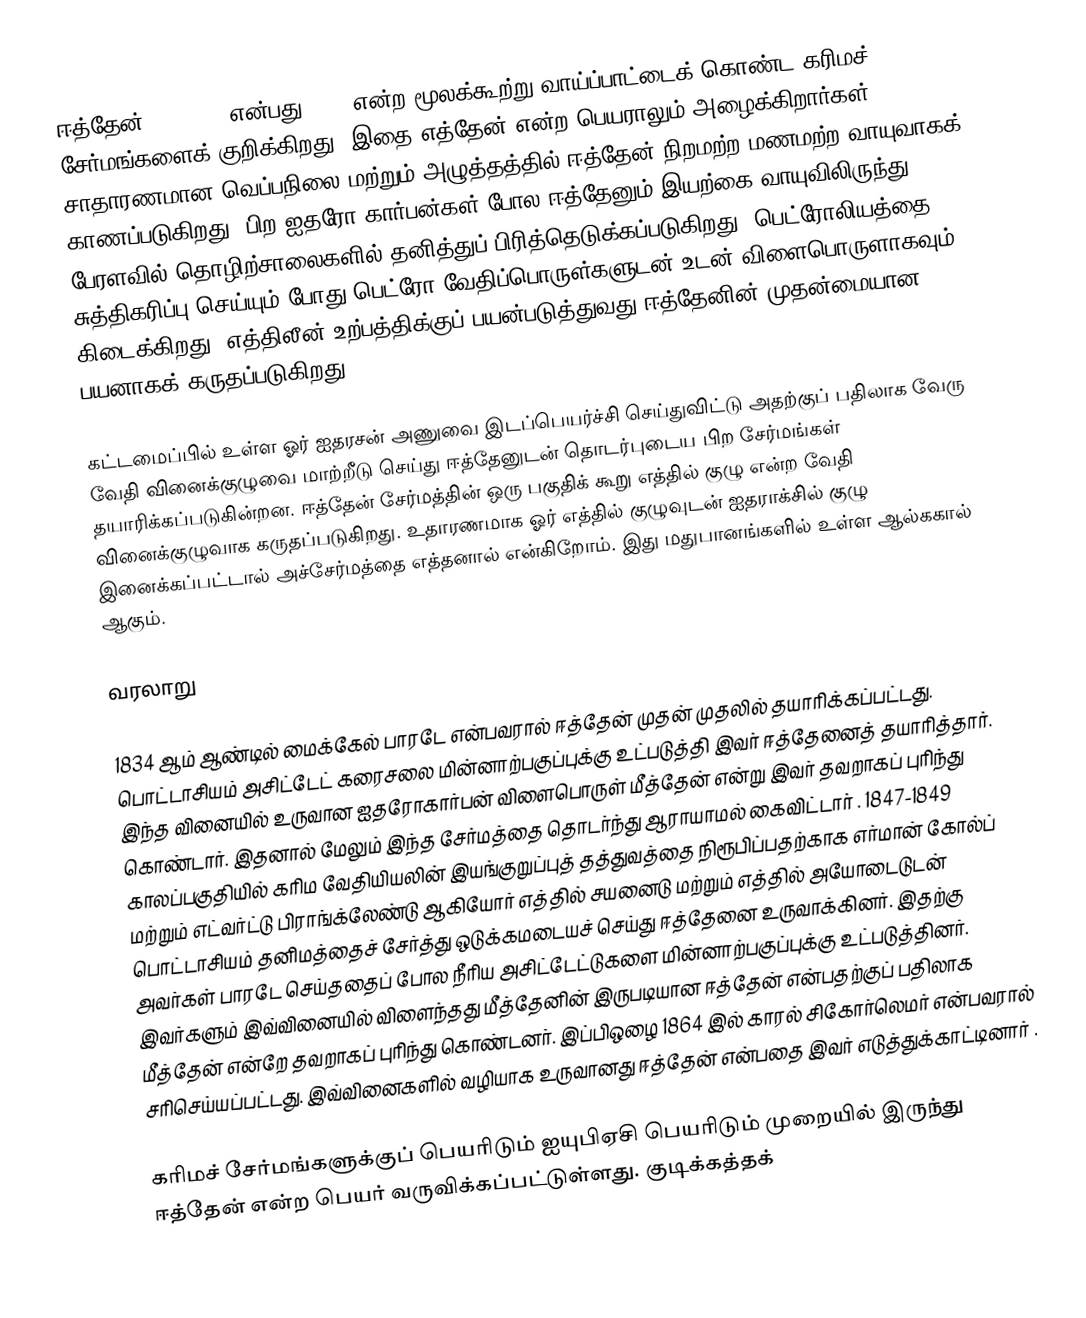
ஈத்தேன் (Ethane) என்பது C2H6 என்ற மூலக்கூற்று வாய்ப்பாட்டைக் கொண்ட கரிமச் சேர்மங்களைக் குறிக்கிறது. இதை எத்தேன் என்ற பெயராலும் அழைக்கிறார்கள். சாதாரணமான வெப்பநிலை மற்றும் அழுத்தத்தில் ஈத்தேன் நிறமற்ற மணமற்ற வாயுவாகக் காணப்படுகிறது. பிற ஐதரோ கார்பன்கள் போல ஈத்தேனும் இயற்கை வாயுவிலிருந்து பேரளவில் தொழிற்சாலைகளில் தனித்துப் பிரித்தெடுக்கப்படுகிறது. பெட்ரோலியத்தை சுத்திகரிப்பு செய்யும் போது பெட்ரோ வேதிப்பொருள்களுடன் உடன் விளைபொருளாகவும் கிடைக்கிறது. எத்திலீன் உற்பத்திக்குப் பயன்படுத்துவது ஈத்தேனின் முதன்மையான பயனாகக் கருதப்படுகிறது.

கட்டமைப்பில் உள்ள ஓர் ஐதரசன் அணுவை இடப்பெயர்ச்சி செய்துவிட்டு அதற்குப் பதிலாக வேரு வேதி வினைக்குழுவை மாற்றீடு செய்து ஈத்தேனுடன் தொடர்புடைய பிற சேர்மங்கள் தயாரிக்கப்படுகின்றன. ஈத்தேன் சேர்மத்தின் ஒரு பகுதிக் கூறு எத்தில் குழு என்ற வேதி வினைக்குழுவாக கருதப்படுகிறது. உதாரணமாக ஓர் எத்தில் குழுவுடன் ஐதராக்சில் குழு இனைக்கப்பட்டால் அச்சேர்மத்தை எத்தனால் என்கிறோம். இது மதுபானங்களில் உள்ள ஆல்ககால் ஆகும்.

வரலாறு

1834 ஆம் ஆண்டில் மைக்கேல் பாரடே என்பவரால் ஈத்தேன் முதன் முதலில் தயாரிக்கப்பட்டது. பொட்டாசியம் அசிட்டேட் கரைசலை  மின்னாற்பகுப்புக்கு உட்படுத்தி இவர் ஈத்தேனைத் தயாரித்தார். இந்த வினையில் உருவான ஐதரோகார்பன் விளைபொருள் மீத்தேன் என்று இவர் தவறாகப் புரிந்து கொண்டார். இதனால் மேலும் இந்த சேர்மத்தை தொடர்ந்து ஆராயாமல் கைவிட்டார் . 1847-1849 காலப்பகுதியில் கரிம வேதியியலின் இயங்குறுப்புத் தத்துவத்தை நிரூபிப்பதற்காக எர்மான் கோல்ப் மற்றும் எட்வர்ட்டு பிராங்க்லேண்டு ஆகியோர் எத்தில் சயனைடு  மற்றும் எத்தில் அயோடைடுடன்  பொட்டாசியம் தனிமத்தைச் சேர்த்து ஒடுக்கமடையச் செய்து ஈத்தேனை உருவாக்கினர். இதற்கு அவர்கள் பாரடே செய்ததைப் போல நீரிய அசிட்டேட்டுகளை மின்னாற்பகுப்புக்கு உட்படுத்தினர். இவர்களும் இவ்வினையில் விளைந்தது மீத்தேனின் இருபடியான ஈத்தேன் என்பதற்குப் பதிலாக மீத்தேன் என்றே தவறாகப் புரிந்து கொண்டனர். இப்பிஒழை 1864 இல் காரல் சிகோர்லெமர் என்பவரால் சரிசெய்யப்பட்டது. இவ்வினைகளில் வழியாக உருவானது ஈத்தேன் என்பதை இவர் எடுத்துக்காட்டினார் .

கரிமச் சேர்மங்களுக்குப் பெயரிடும் ஐயுபிஏசி பெயரிடும் முறையில் இருந்து ஈத்தேன் என்ற பெயர் வருவிக்கப்பட்டுள்ளது. குடிக்கத்தக்